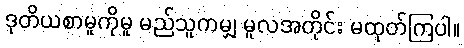
ဒုတိယစာမူကိုမူ မည်သူကမျှ မူလအတိုင်း မထုတ်ကြပါ။